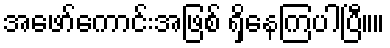
အဖော်ကောင်းအဖြစ် ရှိနေကြပါပြီ။။